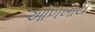
ઓળખાય